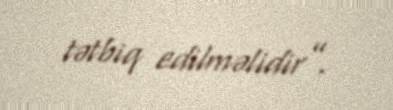
tətbiq edilməlidir”.